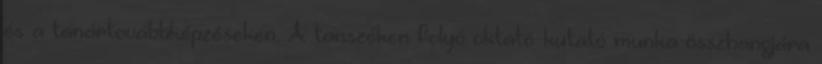
és a tanártovábbképzéseken. A tanszéken folyó oktató-kutató munka összhangjára